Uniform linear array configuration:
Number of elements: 12
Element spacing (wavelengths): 1
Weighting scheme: binomial
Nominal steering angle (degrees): -60
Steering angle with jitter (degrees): -59.036
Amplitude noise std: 0.05
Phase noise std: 0.05

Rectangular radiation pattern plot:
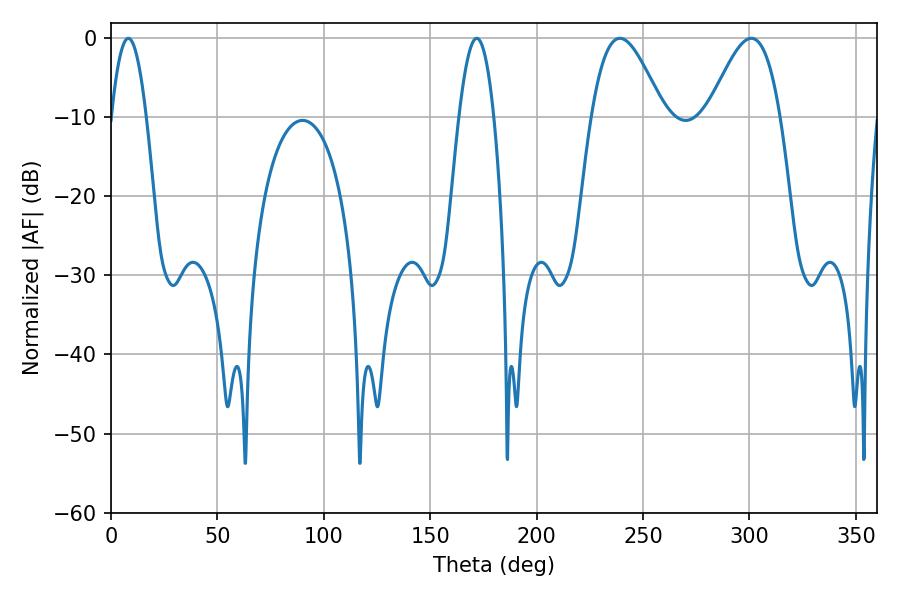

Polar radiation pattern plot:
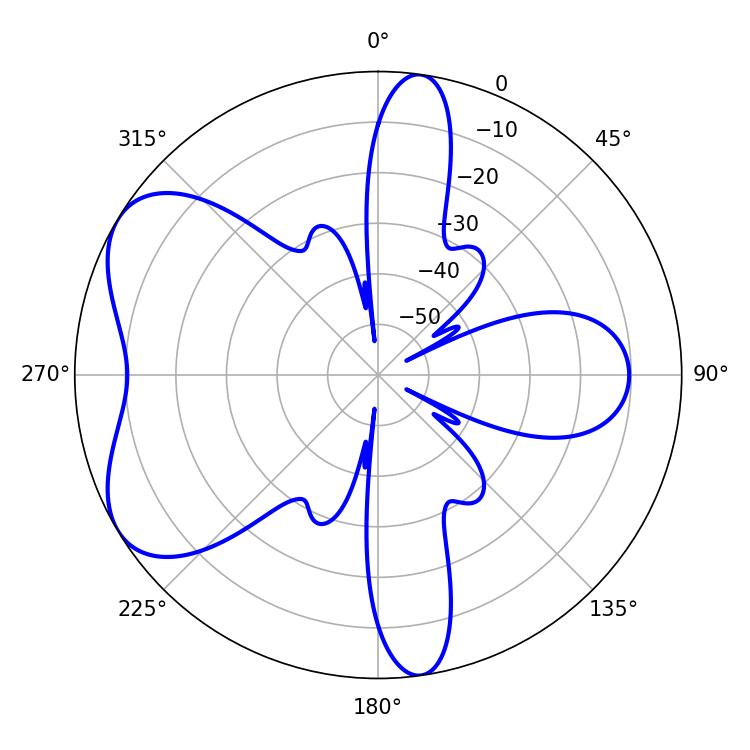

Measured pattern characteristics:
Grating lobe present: TRUE
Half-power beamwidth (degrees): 18.18
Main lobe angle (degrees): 239.04